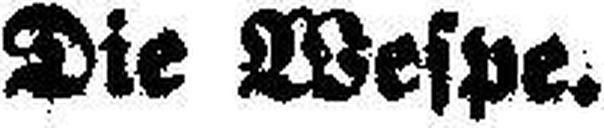
Die Wespe.